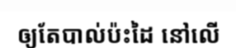
ឲ្យតែបាល់ប៉ះដៃ នៅលើ